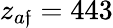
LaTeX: z_{a\mathfrak{f}}=443